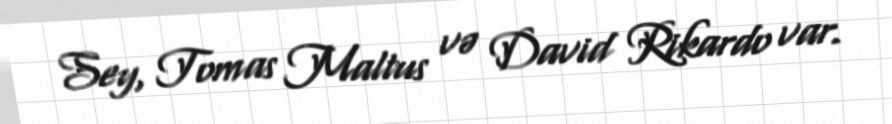
Sey, Tomas Maltus və David Rikardo var.